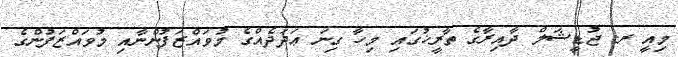
މިއީ ރ. ޖުޑީޝަލް ދާއިރާގެ ތާރީޚުގައި މިހާ ގިނަ ޢަދަދެއްގެ މުވައްޒަފުންނާއި މުވައްޒަފުންގެ